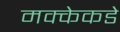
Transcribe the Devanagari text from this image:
मक्केकडे